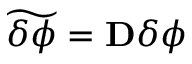
\widetilde { \delta \phi } = { \bf D } \delta \phi